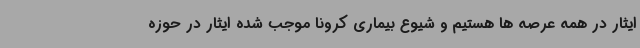
ایثار در همه عرصه ها هستیم و شیوع بیماری کرونا موجب شده ایثار در حوزه